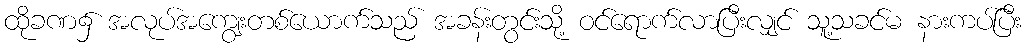
ထိုခဏ၌ အလုပ်အကျွေးတစ်ယောက်သည် အခန်းတွင်းသို့ ဝင်ရောက်လာပြီးလျှင် သူ့သခင်မ နားကပ်ပြီး